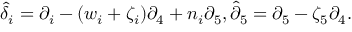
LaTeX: \hat { { \delta } } _ { i } = \partial _ { i } - ( w _ { i } + \zeta _ { i } ) \partial _ { 4 } + n _ { i } \partial _ { 5 } , \hat { { \partial } } _ { 5 } = \partial _ { 5 } - \zeta _ { 5 } \partial _ { 4 } .